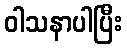
ဝါသနာပါပြီး